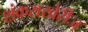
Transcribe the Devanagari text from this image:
शंकराखेरीज